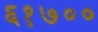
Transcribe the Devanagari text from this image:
६१७००